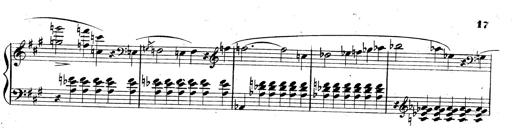
Title: 3 Caprices-Valses
Composer: Franz Liszt